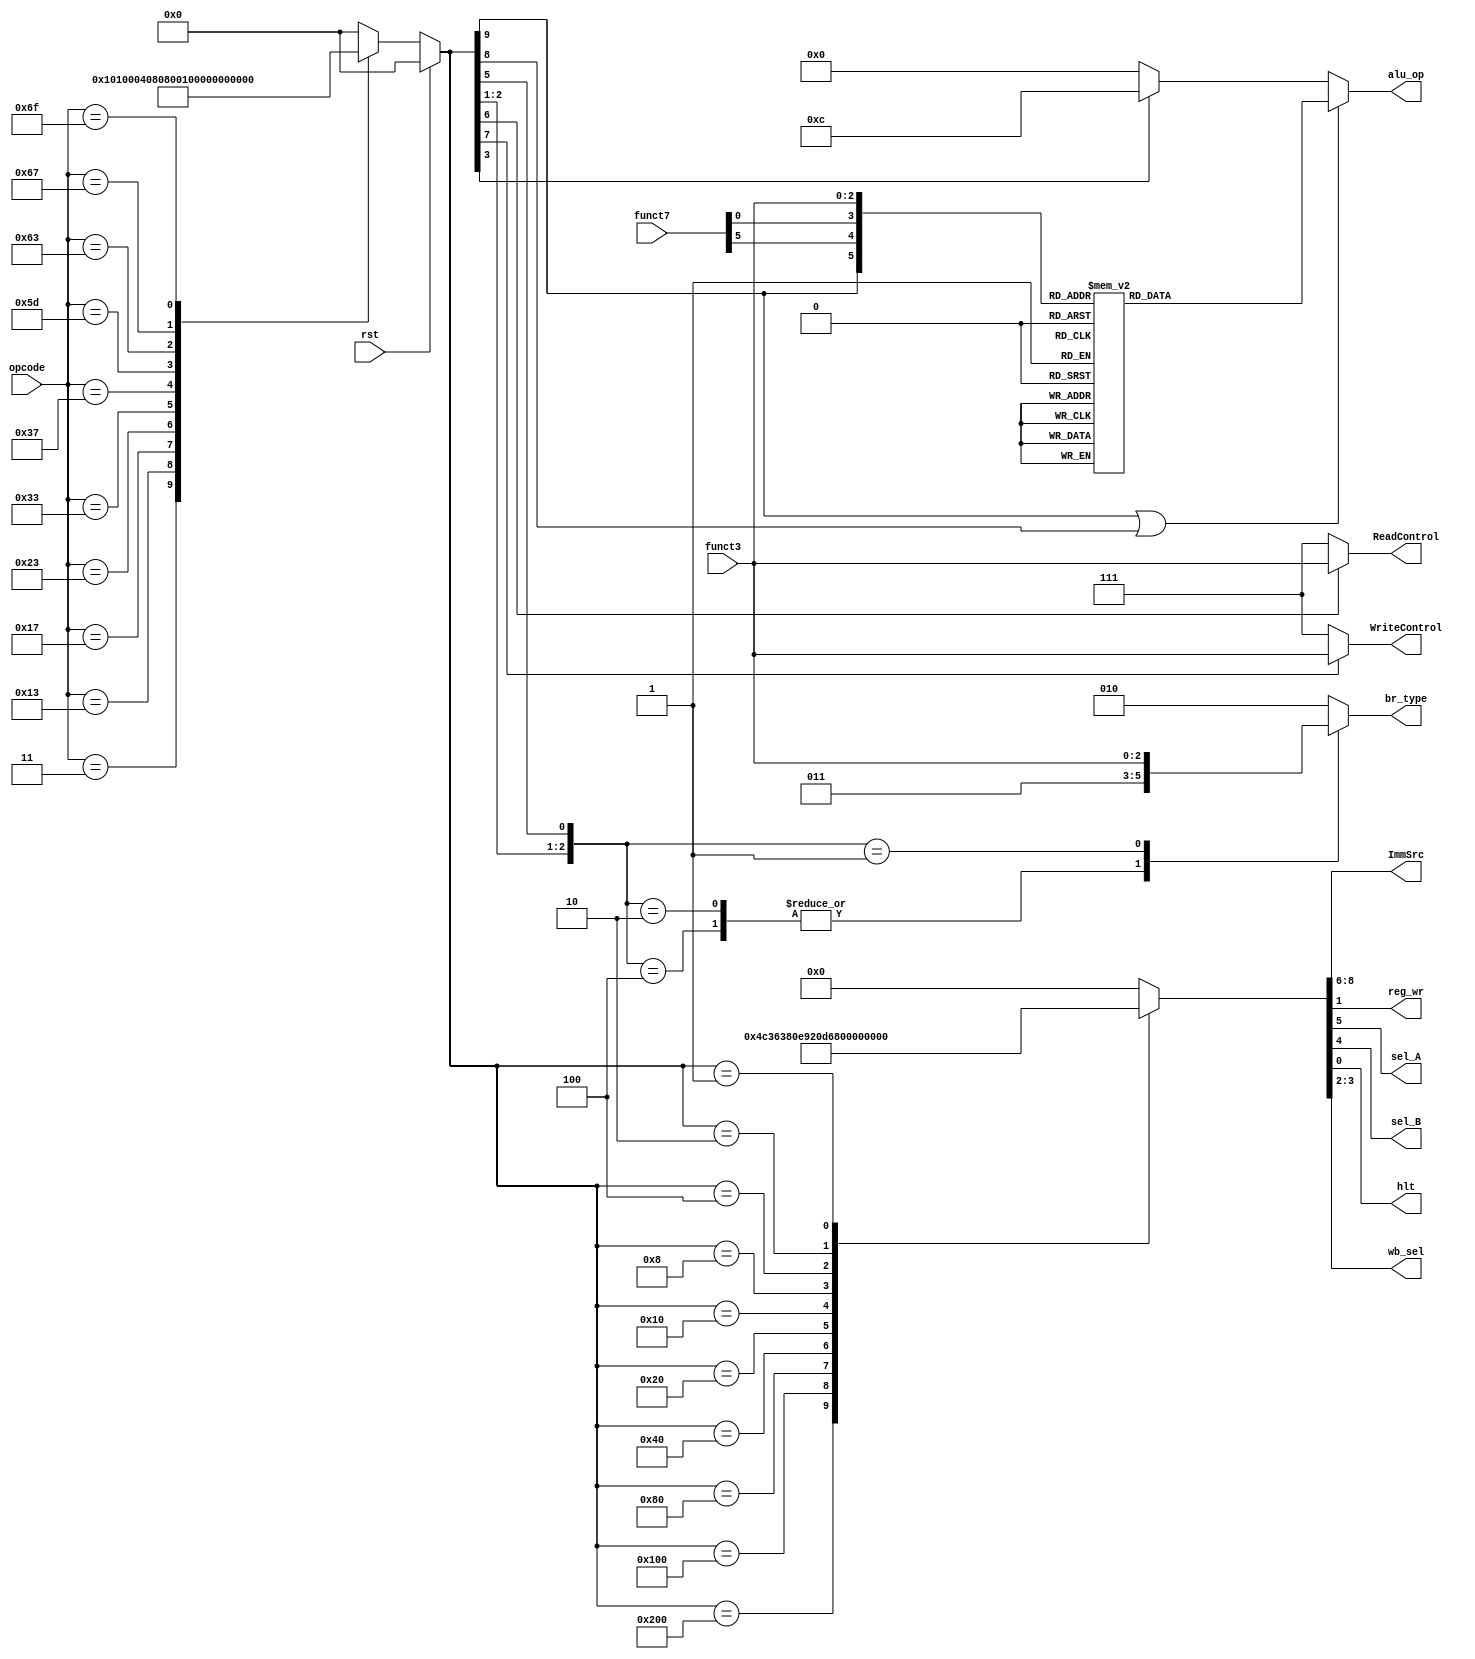
`timescale 1ns / 1ps

module controller(output reg [2:0] ImmSrc, output reg [3:0] alu_op, output reg [2:0] br_type,ReadControl,WriteControl,
                    output reg reg_wr, sel_A, sel_B,hlt,
                    output reg [1:0] wb_sel,
                    input[6:0] opcode,    //for all instructions
                    input [14:12] funct3, //for R,I,S,B and R4 Type   not for U and J Type
                    input [31:25] funct7, //only for R-Type         //-*change to base x:0
                    input rst);
                    
        
        reg R,Ii,S,L,B,auipc,lui,jal,jalr,halt;
        `define Type {R,Ii,S,L,B,auipc,lui,jal,jalr,halt}
        `define Control {ImmSrc,sel_A, sel_B,wb_sel,reg_wr,hlt}
        //determine instruction type
    always@(*)begin    
        if (rst)
        begin
            `Type<=0;
        end    
        else 
        begin //what to do for lui, auipc,
            case(opcode)//Type {R,Ii,S,L,B,auipc,lui,jal,jalr}  Type     Description             ALU     sel_A   sel_B   wb_sel  imm_gen     br_type   alu_op  reg_wr      d_wr
                3: `Type<= 'b0001000000;                         //I-Type   Load                    yes     1       1       2       0           none      0       1           0
                19:`Type<= 'b0100000000;                         //I-Type   immediate operation     yes     1       1       1       0           none      xxxx    1           0
                23:`Type<= 'b0000010000;                         //U-Type   auipc                   yes     0       1       1       4(u)        none      0       1           0
                35:`Type<= 'b0010000000;                         //S-Type   Store                   yes     1       1       z       1           none      0       0           1
                51:`Type<= 'b1000000000;                         //R-Type   register operation      yes     1       0       1       z           none      xxxx    1           0
                55:`Type<= 'b0000001000;                         //U-Type   lui                     yes?    1       1       1       4(u)        none      copy    1           0
                93:`Type<= 'b0000000001;						 //HALT     HALT
				99:`Type<= 'b0000100000;                         //B-Type   conditional branch      yes     0       1       z       2           xxx       0       0           0
                103:`Type<='b0000000010;                         //I-Type   jalr                    yes     1       1       0       0           uncond    0       1           0
                111:`Type<='b0000000100;                         //J-Type   jal                     yes     1       1       0       3           uncond    0       1           0
                default:`Type<='b0000000000;
            endcase    
        end
    end
    
    always @(*) begin
        if (R||Ii) begin    //determine aluop using: R,Ii,lui,funct3,funct7
            casex({R,funct7[30],funct7[25],funct3})//does not? cater for some Immediate instructions with fulty opcode
                6'b100000:alu_op<=0;//add
                6'b110000:alu_op<=1;//sub
                6'b000000:alu_op<=0;//addi
                6'b100001:alu_op<=4;//sll
                6'b000001:alu_op<=4;//slli
                6'b100010:alu_op<=14;//slt
                6'b000010:alu_op<=14;//slti
                6'b100011:alu_op<=13;//sltu
                6'b000011:alu_op<=13;//sltiu
                6'b100100:alu_op<=10;//xor
                6'b000100:alu_op<=10;//xori
                6'b100101:alu_op<=5;//srl
                6'b000101:alu_op<=5;//srli
                6'b110101:alu_op<=6;//sra
                6'b010101:alu_op<=6;//srai
                6'b100110:alu_op<=9;//or
                6'b000110:alu_op<=9;//ori
                6'b100111:alu_op<=8;//and
                6'b000111:alu_op<=8;//andi
                default:alu_op<=0;
            endcase    
        end
        else if(lui)begin
            alu_op<=4'b1100;//aluop for result=B
        end
        else begin
            alu_op<=0;//all other instructions use operation A+B of ALU
        end            
    end
    
    always @(*) begin//for WriteControl
        case ({S})
            1: WriteControl<=funct3;
            default: WriteControl<=7;//retain current value
        endcase
    end

    always @(*) begin//for ReadControl
        case ({L})
            1: ReadControl<=funct3;
            default: ReadControl<=7;//output 0
        endcase
    end

    always @(*) begin//for br_type
        casex({jal,jalr,B})
            3'b100: br_type <= 3 ;
            3'b010: br_type <= 3 ;//jal,jalr
            3'b001: br_type <= funct3 ;
            default: br_type<= 2; //no jump
        endcase
    end
    //Fix control signals for each instruction type
    always@(*)begin
        case(`Type)//Type {R,Ii,S,L,B,auipc,lui,jal,jalr,hlt}
        //Control {ImmSrc,sel_A, sel_B,wb_sel,reg_wr,hlt}
            10'b1000000000:`Control<=9'b000100110;//R
            10'b0100000000:`Control<=9'b000110110;//Ii
            10'b0010000000:`Control<=9'b001110000;//S
            10'b0001000000:`Control<=9'b000111010;//L
            10'b0000100000:`Control<=9'b010010000;//B
            10'b0000010000:`Control<=9'b011010110;//auipc
            10'b0000001000:`Control<=9'b011110110;//lui
            10'b0000000100:`Control<=9'b100010010;//jal
            10'b0000000010:`Control<=9'b000110010;//jalr
			10'b0000000001:`Control<=9'b000000001;//HALT
            default: `Control<=0;
        endcase
    end
    
endmodule